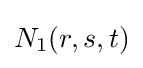
N_{1}(r,s,t)